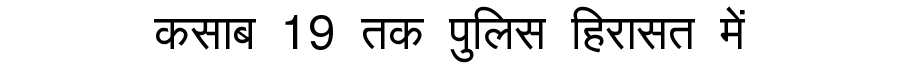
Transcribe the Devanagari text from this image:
कसाब 19 तक पुलिस हिरासत में